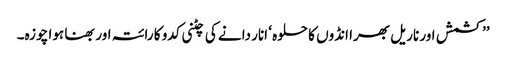
’’کشمش اور ناریل بھرا انڈوں کا حلوہ ‘ انار دانے کی چٹنی کدو کا رائتہ اور بھنا ہوا چوزہ۔